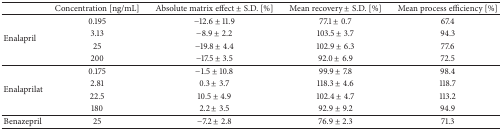
<table><thead><tr><td><b> </b></td><td><b>Concentration [ng/mL]</b></td><td><b>Absolute matrix effect ± S.D. [%]</b></td><td><b>Mean recovery ± S.D. [%]</b></td><td><b>Mean process efficiency [%]</b></td></tr></thead><tbody><tr><td rowspan="4">Enalapril</td><td>0.195</td><td>−12.6 ± 11.9</td><td>77.1 ± 0.7</td><td>67.4</td></tr><tr><td>3.13</td><td>−8.9 ± 2.2</td><td>103.5 ± 3.7</td><td>94.3</td></tr><tr><td>25</td><td>−19.8 ± 4.4</td><td>102.9 ± 6.3</td><td>77.6</td></tr><tr><td>200</td><td>−17.5 ± 3.5</td><td>92.0 ± 6.9</td><td>72.5</td></tr><tr><td rowspan="4">Enalaprilat</td><td>0.175</td><td>−1.5 ± 10.8</td><td>99.9 ± 7.8</td><td>98.4</td></tr><tr><td>2.81</td><td>0.3 ± 3.7</td><td>118.3 ± 4.6</td><td>118.7</td></tr><tr><td>22.5</td><td>10.5 ± 4.9</td><td>102.4 ± 4.7</td><td>113.2</td></tr><tr><td>180</td><td>2.2 ± 3.5</td><td>92.9 ± 9.2</td><td>94.9</td></tr><tr><td>Benazepril</td><td>25</td><td>−7.2 ± 2.8</td><td>76.9 ± 2.3</td><td>71.3</td></tr></tbody></table>